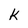
Character: k